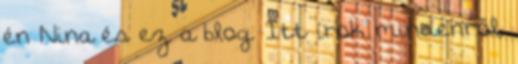
én Nina és ez a blog. Itt írok mindenről,